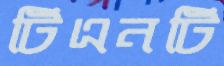
টিএনটি